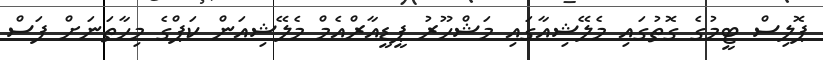
ޕޮލިސް ޓީމުގެ ގޮތުގައި މެލޭޝިއާގައި މަޝްހޫރު ޕީޑީއާރްއެމް މެލޭޝިއަން ކަޕްގެ މިހާތަނަށް ފަސް